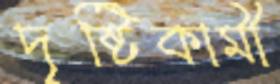
দৃষ্টিকামী